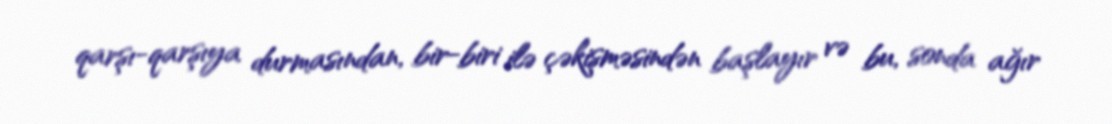
qarşı-qarşıya durmasından, bir-biri ilə çəkişməsindən başlayır və bu, sonda ağır